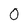
Character: 0